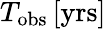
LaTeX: T_{\mathrm{{obs}}}\, [\mathrm{{yrs}]}